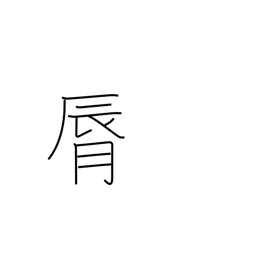
Meaning: lip